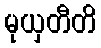
မုယှတီတိ